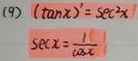
(9) $(\tan x)'=\sec ^{2}x$

$\sec x=\frac{1}{\cos x}$